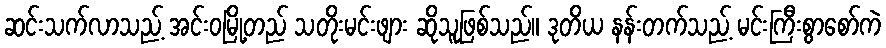
ဆင်းသက်လာသည့် အင်းဝမြို့တည် သတိုးမင်းဖျား ဆိုသူဖြစ်သည်။ ဒုတိယ နန်းတက်သည့် မင်းကြီးစွာစော်ကဲ